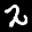
Label: 2